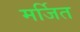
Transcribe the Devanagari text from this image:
मर्जित